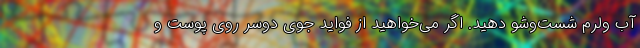
آب ولرم شست‌وشو دهید. اگر می‌خواهید از فواید جوی دوسر روی پوست و